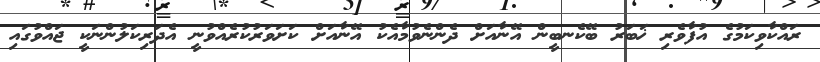
ރައްކާވިކަމުގެ އުފާވެރި ޚަބަރު ބޭކެނބީން އޭނާއަށް ދެންނެވުމާއެކު އޭނާއަށް ކަށަވަރުކުރެއްވުނީ އެދަރިކަލުންނަކީ ޖައްވުގައި